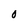
Character: O